Annual statistical returns and brief notes on vaccination in Bengal - 1887-1898
Year: 1887
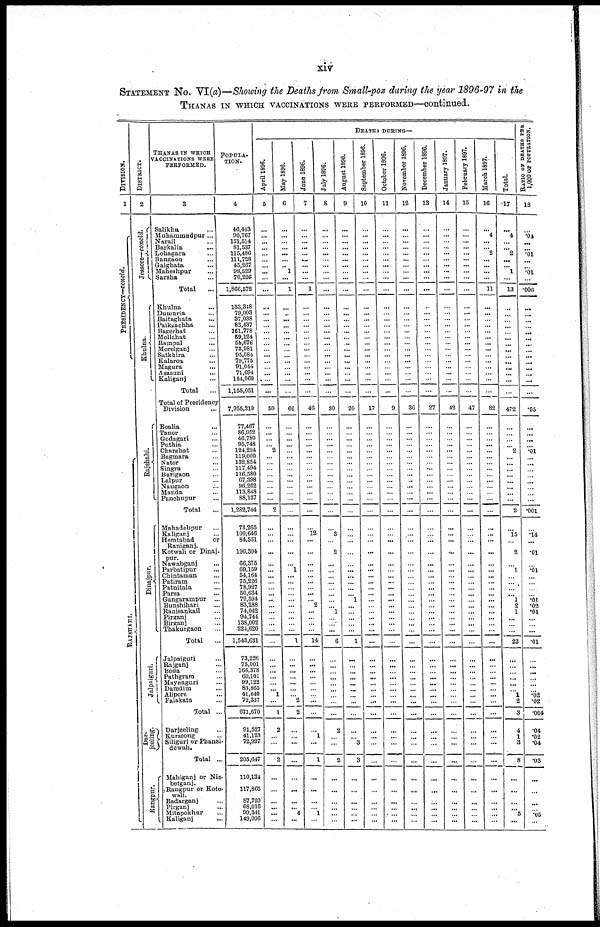
xiv
STATEMENT NO. VI (a)—Showing the Deaths from Small-pox during the year 1896-97 in the
THANAS IN WHICH VACCINATIONS WERE PERFORMED—continued.
DIVISION.
1
PRESIDENCY—concld.
RAJSHAHI.
DISTRICT.
2
Jessore—concld.
Khulna.
Rajshahi.
Dinajpur.
Jalpaiguri.
Dar-
jeeling.
Rangpur.
THANAS IN WHICH
VACCINATIONS WERE
PERFORMED.
3
Salikha ...
Muhammadpur...
Narail ...
Barkalia ...
Lohagara ...
Bangaon ...
Gaighata ...
Maheshpur ...
Sarsha ...
Total ...
Khulna ...
Dumuria ...
Baitaghata ...
Paikgachha ...
Bagerhat ...
Mollahat ...
Rampal ...
Morelganj ...
Satkhira ...
Kalaroa ...
Magura ...
Asasuni ...
Kaliganj ...
Total ...
Total of Presidency
Division
...
Boalia ...
Tanor ...
Godagari ...
Puthia ...
Charghat ...
Bagmara ...
Nator ...
Singra ...
Burigaon ...
Lalpur ...
Naugaon ...
Manda ...
Panchupur ...
Total ...
Mahadebpur ...
Kaliganj ...
Hemtabad
or
Raniganj.
Kotwali or Dinaj-
pur.
Nawabganj ...
Parbatipur ...
Chintaman ...
Patiram ...
Patnitala ...
Parsa ...
Gangarampur ...
Bunshihari ...
Ranisankail ...
Pirganj ...
Birganj ...
Thakurgaon ...
Total
...
Jalpaiguri ...
Rajganj ...
Boda ...
Pathgram ...
Maynaguri ...
Damdim ...
Alipore ...
Falakata ...
Total ...
Darjeeling ...
Kurseong ...
Siliguri or Phansi-
dewah.
Total ...
Mahiganj or Nis-
betganj.
Rangpur or Koto-
wali.
Badarganj ...
Pirganj ...
Mitapokhur ...
Kaliganj ...
POPULA-
TION.
4
46,443
90,767
151,514
81,537
115,486
111,728
45,267
98,529
70,226
1,866,572
133,348
79,003
37,038
83,437
151,778
59,124
55,676
73,981
95,084
79,775
91,044
71,694
144,069
1,155,051
7,955,219
77,467
86,952
46,780
95,748
124,224
119,000
132,854
117,494
116,580
67,398
96,262
113,848
88,137
1,282,744
73,265
100,646
84,551
196,394
66,375
69,159
54,164
75,226
78,927
50,634 79,594
83, 288
74,042
94,744
138,002
224,620
1,543,631
73,226
75,001
166,378
60,101
99,122
83,865
41,640
72,337
671,670
91,527
41,123
72,997
205,647
110,131
117,865
87,720
68,016
99,341
149,096
DEATHS DURING—
April 1896.
5
...
...
...
...
...
...
...
...
...
...
...
...
...
...
...
...
...
...
...
...
...
...
...
...
50
...
...
...
... 2
... ...
...
...
...
...
...
...
2
...
...
...
...
...
...
...
...
...
...
...
...
...
...
...
...
...
...
...
...
...
...
... 1
...
1
2
...
...
2
...
...
...
...
...
...
May 1896.
6
...
...
...
...
...
...
...
1
...
1
...
...
... ...
... ...
...
...
...
...
...
...
...
...
66
...
...
...
...
...
...
...
...
...
...
...
...
...
...
...
...
...
...
... 1
...
...
...
...
...
...
...
...
...
...
1
...
...
...
...
...
...
...
2
2
...
...
...
...
...
...
...
...
4
...
June 1896.
7
...
...
...
...
...
...
...
...
...
1
...
...
...
...
...
...
...
...
...
...
...
...
...
...
46
...
...
...
...
...
...
...
...
...
...
...
...
...
...
...
12
...
...
...
...
...
...
...
...
...
2
...
...
...
...
14
...
...
...
...
...
...
...
...
...
...
1
...
1
...
...
...
...
1
...
July 1896.
8
...
...
...
...
...
...
...
...
...
...
...
...
...
...
...
...
...
...
...
...
...
...
...
...
30
...
...
...
...
...
...
...
...
...
...
...
...
...
...
...
3
...
2
...
...
...
...
...
...
...
...
1
...
...
...
6
...
...
...
...
...
...
...
...
...
2
...
...
2
...
...
...
...
...
...
August 1896.
9
...
...
...
...
...
...
...
...
...
...
...
...
...
...
...
...
...
...
...
...
...
...
...
...
20
...
...
...
...
...
...
...
...
...
...
...
...
...
...
...
...
...
...
...
...
...
...
...
...
1
...
...
...
...
...
1
...
...
...
...
...
...
...
...
...
...
...
3
3
...
...
...
...
...
...
September 1896.
10
...
...
...
...
...
...
...
...
...
...
...
...
...
...
...
...
...
...
...
...
...
...
...
...
17
...
...
...
...
...
...
...
...
...
...
...
...
...
...
...
...
...
...
...
...
...
...
...
...
...
...
...
...
...
...
...
...
...
...
...
...
...
...
...
...
...
...
...
...
...
...
...
...
...
...
October 1896.
11
...
...
...
...
...
...
...
...
...
...
...
...
...
...
...
...
...
...
...
...
...
...
...
...
9
...
...
...
...
...
...
...
...
...
...
...
...
...
...
...
...
...
...
...
...
...
...
... ...
...
...
...
...
...
...
...
...
...
...
...
...
...
...
...
...
...
...
...
...
...
...
...
...
...
...
November 1896.
12
...
...
...
...
...
...
...
...
...
...
...
...
...
...
...
...
...
...
...
...
...
...
...
...
36
...
...
...
...
...
...
...
...
...
...
...
...
...
...
...
...
...
...
...
...
...
...
...
...
...
...
...
...
...
...
...
...
...
...
...
...
...
...
...
...
...
...
...
...
...
...
...
...
...
...
December 1896.
13
...
...
...
...
...
...
...
...
...
...
...
...
...
...
...
...
...
...
...
...
...
...
...
...
27
...
...
...
...
...
...
...
...
...
...
...
...
...
...
...
...
...
...
...
...
...
...
...
...
...
...
...
...
...
...
...
...
...
...
...
...
...
...
...
...
...
...
...
...
...
...
...
...
...
...
January 1897.
14
...
...
...
...
...
...
...
...
...
...
...
...
...
...
...
...
...
...
...
...
...
...
...
...
42
...
...
...
...
...
...
...
...
...
...
...
...
...
...
...
...
...
...
...
...
...
...
...
...
...
...
...
...
...
...
...
...
...
...
...
...
...
...
...
...
...
...
...
...
...
...
...
...
...
...
February 1897.
15
...
...
...
...
...
...
...
...
...
...
...
...
...
...
...
...
...
...
...
...
...
...
...
...
47
...
...
...
...
...
...
...
...
...
...
...
...
...
...
...
...
...
...
...
...
...
...
...
...
...
...
...
...
...
...
...
...
...
...
...
...
...
...
...
...
...
...
...
...
...
...
...
...
...
...
March 1897.
16
...
4
...
...
2
...
...
...
...
11
...
...
...
...
...
...
...
...
...
...
...
...
...
...
82
...
...
...
...
...
...
...
...
...
...
...
...
...
...
...
...
...
...
...
...
...
... ...
...
...
...
...
...
...
...
...
...
... ...
...
...
...
...
...
...
...
...
...
...
...
...
...
...
...
...
Total.
17
...
4
...
...
2
...
... 1
...
13
...
...
...
...
...
...
...
...
...
...
...
...
...
...
472
...
...
...
...
2
...
...
...
...
...
...
...
...
2
...
15
...
2
...
1
...
...
...
...
1
2
1
...
...
...
22
...
...
...
...
...
...
1
2
3
4
1
3
8
...
...
...
...
5
...
RATIO OF DEATHS PER
1,000 OF POPULATION.
18
...
.04
...
...
.01
...
...
.01
...
.006
...
...
...
...
...
...
...
...
...
...
...
...
...
...
.05
...
...
...
...
.01
...
...
...
...
...
...
...
...
.001
...
.14
...
.01
...
.01
...
...
...
...
.01
.02
.01
...
...
...
.01
...
...
...
...
...
...
.02
.02
.004
.04
.02
.04
.03
...
...
...
...
.05 ...